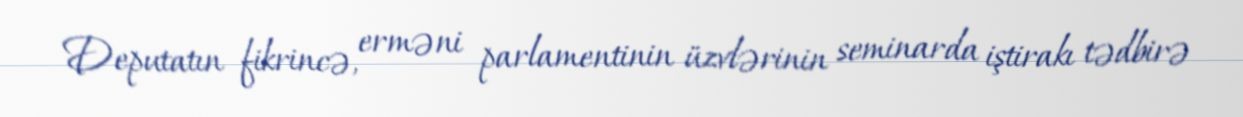
Deputatın fikrincə, erməni parlamentinin üzvlərinin seminarda iştirakı tədbirə